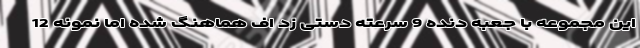
این مجموعه با جعبه دنده 9 سرعته دستی زد اف هماهنگ شده اما نمونه 12